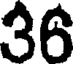
36